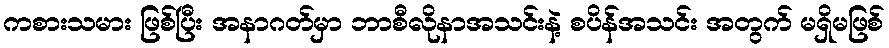
ကစားသမား ဖြစ်ပြီး အနာဂတ်မှာ ဘာစီလိုနာအသင်းနဲ့ စပိန်အသင်း အတွက် မရှိမဖြစ်